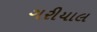
ગરીયાલ